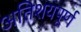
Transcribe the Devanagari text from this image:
अतिशयपूर्ण